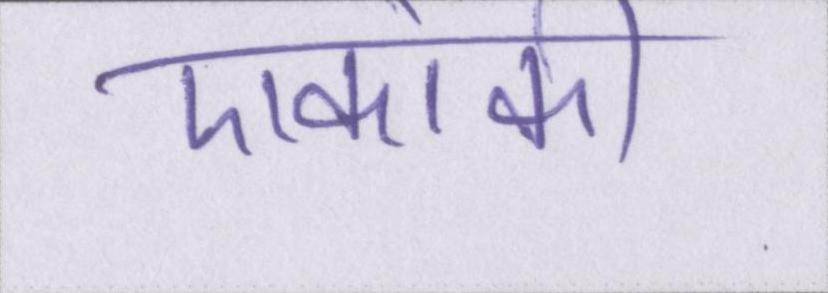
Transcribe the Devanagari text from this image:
एकांकी